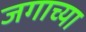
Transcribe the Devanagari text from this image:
जगाच्‍या